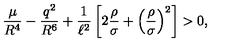
\frac { \mu } { R ^ { 4 } } - \frac { q ^ { 2 } } { R ^ { 6 } } + \frac { 1 } { \ell ^ { 2 } } \left[ 2 \frac { \rho } { \sigma } + \left( \frac { \rho } { \sigma } \right) ^ { 2 } \right] > 0 ,